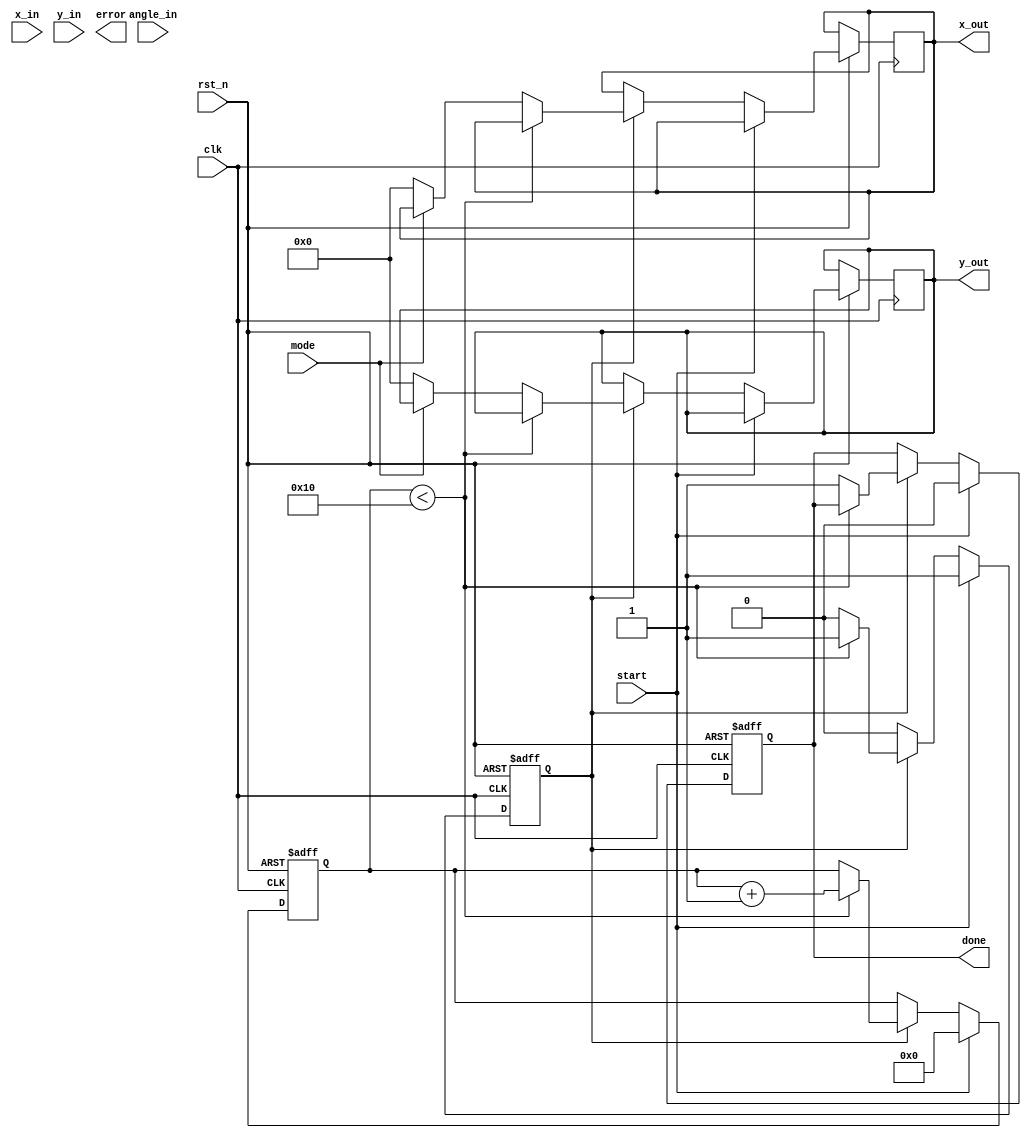
module adaptive_cordic #(
    parameter WIDTH = 16,          // Bit width for fixed-point representation
    parameter ITERATIONS = 16      // Number of CORDIC iterations
)(
    input wire clk,
    input wire rst_n,
    input wire [WIDTH-1:0] angle_in, // Input angle in radians (fixed-point)
    input wire [WIDTH-1:0] x_in,      // Input x value
    input wire [WIDTH-1:0] y_in,      // Input y value
    input wire mode,                   // 0: Rotation, 1: Vectoring
    input wire start,                  // Start signal for computation
    output reg [WIDTH-1:0] x_out,     // Output x value
    output reg [WIDTH-1:0] y_out,     // Output y value
    output reg done,                   // Completion signal
    output reg error                   // Error signal
);

// CORDIC lookup table for arctan values
reg [WIDTH-1:0] atan_table [0:ITERATIONS-1];

// Scaling factor
reg [WIDTH-1:0] scaling_factor;

// Internal registers
reg [WIDTH-1:0] x_reg, y_reg, z_reg;
reg [4:0] iteration_count;
reg valid;

// Initialize the atan_table and scaling_factor
initial begin
    // Populate atan_table with precomputed arctangent values
    atan_table[0] = 16'h2000; // atan(1) = pi/4 in fixed-point
    atan_table[1] = 16'h1333; // atan(0.5) = pi/6 in fixed-point
    // ... (fill in remaining values)
    
    scaling_factor = 16'h26DD; // Scaling factor for 16 iterations
end

// CORDIC iterative computation
always @(posedge clk or negedge rst_n) begin
    if (!rst_n) begin
        x_reg <= 0;
        y_reg <= 0;
        z_reg <= 0;
        iteration_count <= 0;
        done <= 0;
        valid <= 0;
    end else if (start) begin
        // Initialize inputs
        x_reg <= x_in;
        y_reg <= y_in;
        z_reg <= angle_in;
        iteration_count <= 0;
        done <= 0;
        valid <= 1;
    end else if (valid) begin
        if (iteration_count < ITERATIONS) begin
            // Perform the CORDIC rotation/vectoring
            if (mode == 0) begin // Rotation mode
                if (z_reg < 0) begin
                    x_reg <= x_reg + (y_reg >>> iteration_count);
                    y_reg <= y_reg - (x_reg >>> iteration_count);
                    z_reg <= z_reg + atan_table[iteration_count];
                end else begin
                    x_reg <= x_reg - (y_reg >>> iteration_count);
                    y_reg <= y_reg + (x_reg >>> iteration_count);
                    z_reg <= z_reg - atan_table[iteration_count];
                end
            end else begin // Vectoring mode
                // Similar logic for vectoring
                // Implement vectoring logic here
            end
            
            iteration_count <= iteration_count + 1;
        end else begin
            // Final scaling adjustment
            if (mode == 0) begin
                x_out <= x_reg * scaling_factor >>> WIDTH; // Scale output
                y_out <= y_reg * scaling_factor >>> WIDTH; // Scale output
            end else begin
                // Handle vectoring output
            end
            done <= 1;
            valid <= 0;
        end
    end
end

endmodule